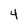
Character: 4